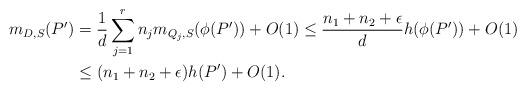
LaTeX: \begin{align*}m_{D,S}(P')&=\frac{1}{d}\sum_{j=1}^rn_jm_{Q_j,S}(\phi(P'))+O(1)\leq \frac{n_1+n_2+\epsilon}{d}h(\phi(P'))+O(1)\\&\leq(n_1+n_2+\epsilon)h(P')+O(1).\end{align*}